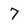
Character: 7